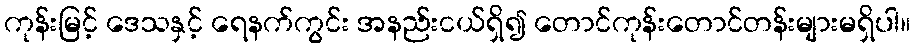
ကုန်းမြင့် ဒေသနှင့် ရေနက်ကွင်း အနည်းငယ်ရှိ၍ တောင်ကုန်းတောင်တန်းများမရှိပါ။